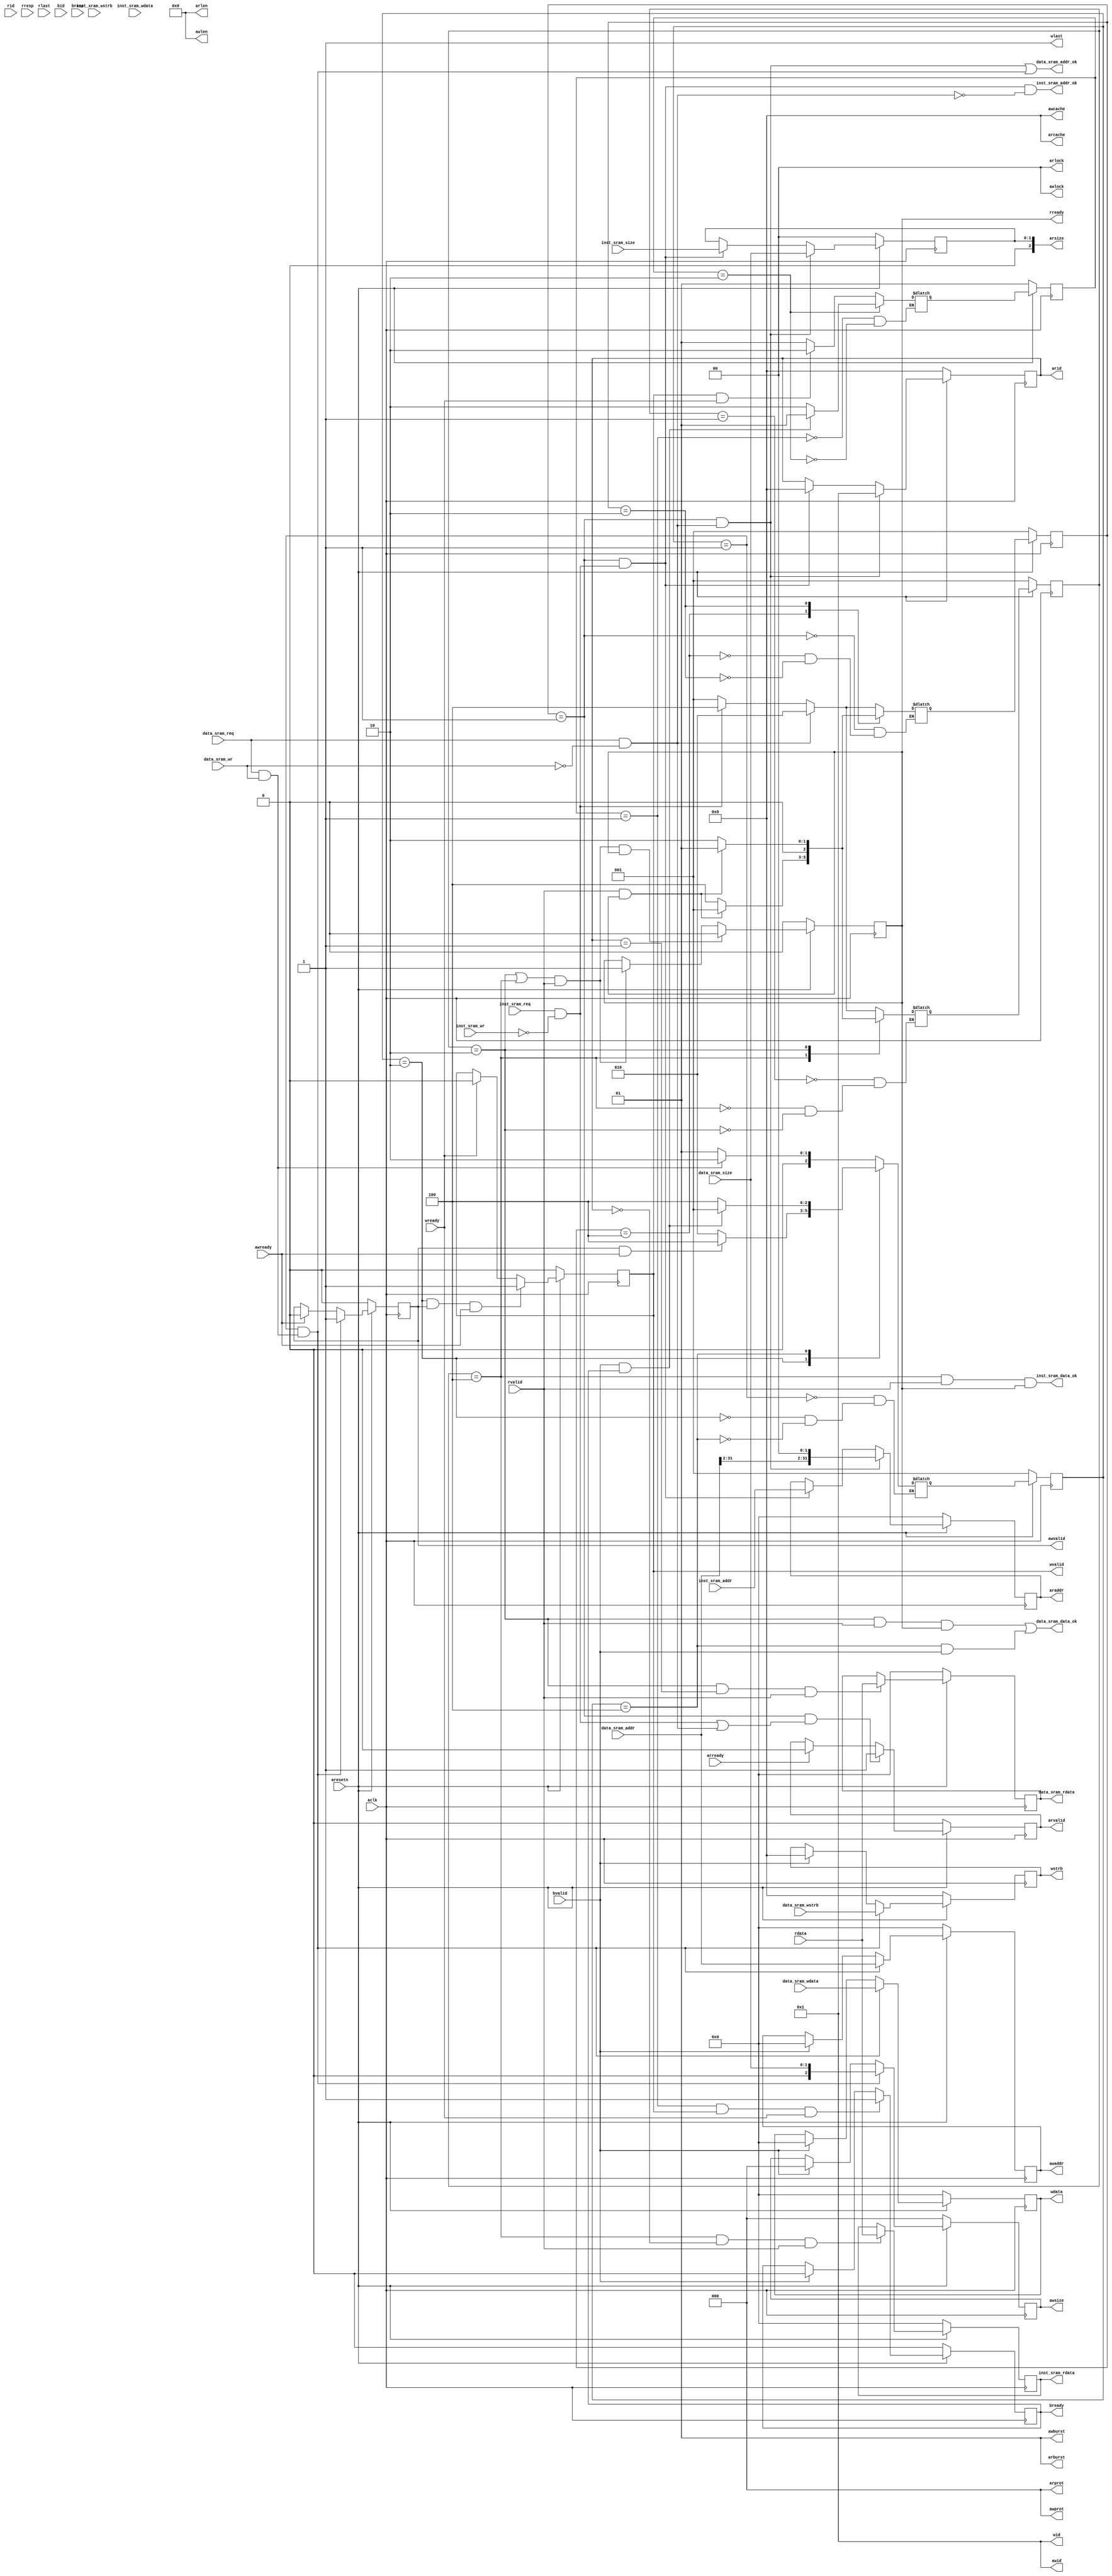
module SRAM_AXI_bridge(
    input  wire        aclk,
    input  wire        aresetn,

    /* SRAM signals */
    // inst sram interface
    input  wire        inst_sram_req,   //en
    input  wire        inst_sram_wr,    //|wen
    input  wire [ 1:0] inst_sram_size, 
    input  wire [31:0] inst_sram_addr,
    input  wire [ 3:0] inst_sram_wstrb, //wen
    input  wire [31:0] inst_sram_wdata,
    output wire        inst_sram_addr_ok,
    output wire        inst_sram_data_ok,
    output wire [31:0] inst_sram_rdata,

    // data sram interface
    input  wire        data_sram_req,
    input  wire        data_sram_wr,
    input  wire [ 1:0] data_sram_size,
    input  wire [31:0] data_sram_addr,
    input  wire [ 3:0] data_sram_wstrb,
    input  wire [31:0] data_sram_wdata,
    output wire        data_sram_addr_ok,
    output wire        data_sram_data_ok,
    output wire [31:0] data_sram_rdata,

    /* AXI signals */
    // read request signals
    output wire [ 3:0] arid,
    output wire [31:0] araddr,
    output wire [ 7:0] arlen,
    output wire [ 2:0] arsize,
    output wire [ 1:0] arburst,
    output wire [ 1:0] arlock,
    output wire [ 3:0] arcache,
    output wire [ 2:0] arprot,
    output wire        arvalid,
    input  wire        arready,

    // read response signals
    input  wire [ 3:0] rid,
    input  wire [31:0] rdata,
    input  wire [ 1:0] rresp,
    input  wire        rlast,
    input  wire        rvalid,
    output wire        rready,

    // write request signals
    output wire [ 3:0] awid,
    output wire [31:0] awaddr,
    output wire [ 7:0] awlen,
    output wire [ 2:0] awsize,
    output wire [ 1:0] awburst,
    output wire [ 1:0] awlock,
    output wire [ 3:0] awcache,
    output wire [ 2:0] awprot,
    output wire        awvalid,
    input  wire        awready,

    // write data signals
    output wire [ 3:0] wid,
    output wire [31:0] wdata,
    output wire [ 3:0] wstrb,
    output wire        wlast,
    output wire        wvalid,
    input  wire        wready,

    // write response signals
    input  wire [ 3:0] bid,
    input  wire [ 1:0] bresp,
    input  wire        bvalid,
    output wire        bready
);

/*  */
    wire areset;
    assign areset = ~aresetn;
    
    // 
    reg [2:0] ar_current_state;
    reg [2:0] ar_next_state;
    reg [2:0] r_current_state;
    reg [2:0] r_next_state;
    reg [2:0] aw_current_state;
    reg [2:0] aw_next_state;
    reg [1:0] b_current_state;
    reg [1:0] b_next_state;

    // 
    wire rd_inst_sram_req;  // 
    wire rd_data_sram_req;  // 
    wire wr_data_sram_req;  // 

    // 
    reg  [3:0]  arid_r;
    reg  [31:0] araddr_r;
    reg  [1:0]  arsize_r;
    reg         arvalid_r;

    // 
    reg rready_r;

    // 
    reg [31:0]  awaddr_r;
    reg [2:0]   awsize_r;
    reg         awvalid_r;

    // 
    reg [31:0] wdata_r;
    reg [3:0]  wstrb_r;
    reg        wvalid_r;

    // 
    reg bready_r;

    // SRAM
    reg [31:0] inst_sram_rdata_r;
    reg [31:0] data_sram_rdata_r;

    assign rd_inst_sram_req = inst_sram_req && ~inst_sram_wr;      
    assign rd_data_sram_req = data_sram_req && ~data_sram_wr;
    assign wr_data_sram_req = data_sram_req &&  data_sram_wr;

/*  */
    localparam  R_INIT   = 3'b001,
                R_DATA   = 3'b010,
                R_INST   = 3'b100,
                W_INIT   = 3'b001,
                W_ADDR   = 3'b010,
                W_DATA   = 3'b100,
                B_INIT   = 2'b01,
                B_DATA   = 2'b10;

    always @(posedge aclk) begin
        if(!aresetn) begin
            ar_current_state <= R_INIT;
            r_current_state  <= R_INIT;
            aw_current_state <= W_INIT;
            b_current_state  <= B_INIT;
        end
        else begin
            ar_current_state <= ar_next_state;
            r_current_state  <= r_next_state;
            aw_current_state <= aw_next_state;
            b_current_state  <= b_next_state;
        end
    end

    always @(*) begin
        case(ar_current_state)
            R_INIT: begin
                if(rd_data_sram_req)        // 
                    ar_next_state = R_DATA;
                else if(rd_inst_sram_req)   // 
                    ar_next_state = R_INST;
                else
                    ar_next_state = R_INIT;
            end
            R_INST: begin
                if(rvalid && rready)        // 
                    ar_next_state = R_INIT;
                else
                    ar_next_state = R_INST;
            end
            R_DATA: begin
                if(rvalid && rready)        // 
                    ar_next_state = R_INIT;
                else
                    ar_next_state = R_DATA;
            end
        endcase
    end

    always @(*) begin
        // arR_INITR_DATA
        // R_INITR_DATA
        case(r_current_state)       
            R_INIT: begin
                if(rd_data_sram_req)
                    r_next_state = R_DATA;
                else if(rd_inst_sram_req)
                    r_next_state = R_INST;
                else
                    r_next_state = R_INIT;
            end
            R_INST: begin
                if(rvalid && rready)
                    r_next_state = R_INIT;
                else
                    r_next_state = R_INST;
            end
            R_DATA: begin
                if(rvalid && rready)
                    r_next_state = R_INIT;
                else
                    r_next_state = R_DATA;
            end
        endcase
    end

    always @(*) begin
        case(aw_current_state)
            W_INIT: begin
                if(wr_data_sram_req)        // 
                    aw_next_state = W_ADDR;
                else
                    aw_next_state = W_INIT;
            end
            W_ADDR: begin
                if(awvalid && awready)      // 
                    aw_next_state = W_DATA;
                else
                    aw_next_state = W_ADDR;
            end
            W_DATA: begin
                if(bvalid && bready)        // 
                    aw_next_state = W_INIT;
                else
                    aw_next_state = W_DATA;
            end
        endcase
    end

    always @(*) begin
        case(b_current_state)
            B_INIT: begin
                if(wvalid && wready)    // 
                    b_next_state = B_DATA;
                else
                    b_next_state = B_INIT;
            end
            B_DATA: begin
                if(bvalid && bready)    // 
                    b_next_state = B_INIT;
                else
                    b_next_state = B_DATA;
            end
        endcase
    end

/* read request signals */
    // R_INITarid, araddrarsize
    always @(posedge aclk) begin
        if(!aresetn)
            arid_r <= 4'd0;
        else if(ar_current_state == R_INIT && rd_data_sram_req)
            arid_r <= 4'd1;     // 1
        else if(ar_current_state == R_INIT && rd_inst_sram_req)
            arid_r <= 4'd0;     // 0
    end

    always @(posedge aclk) begin
        if(!aresetn)
            araddr_r <= 32'd0;
        else if(ar_current_state == R_INIT && rd_data_sram_req)
            araddr_r <= {data_sram_addr[31:2], 2'd0};
        else if(ar_current_state == R_INIT && rd_inst_sram_req)
            araddr_r <= inst_sram_addr;
    end

    always @(posedge aclk) begin
        if(!aresetn)
            arsize_r <= 2'd0;
        else if(ar_current_state == R_INIT && rd_data_sram_req)
            arsize_r <= data_sram_size;
        else if(ar_current_state == R_INIT && rd_inst_sram_req)
            arsize_r <= inst_sram_size;
    end

    always @(posedge aclk) begin
        if(!aresetn)
            arvalid_r <= 1'b0;
        else if(ar_current_state == R_INIT && (rd_inst_sram_req || rd_data_sram_req))
            arvalid_r <= 1'b1;
        else if(arready)
            arvalid_r <= 1'b0;
    end

    assign arid    = arid_r;
    assign araddr  = araddr_r;
    assign arlen   = 8'b0;
    assign arsize  = arsize_r;
    assign arburst = 2'b1;
    assign arlock  = 1'b0;
    assign arcache = 4'b0;
    assign arprot  = 3'b0;
    assign arvalid = arvalid_r;

/* read response signals */
    always @(posedge aclk) begin
        if(!aresetn)
            rready_r <= 1'b0;
        else if((r_current_state == R_DATA || r_current_state == R_INST) && rvalid && rready) // r_next_state == R_INIT
            rready_r <= 1'b0;
        else if((r_current_state == R_DATA || r_current_state == R_INST) && rvalid)
            rready_r <= 1'b1;
        // else if(rvalid)
        //     rready_r <= 1'b0;
    end

    assign rready = rready_r;

/* write request signals */
    always @(posedge aclk) begin
        if(!aresetn)
            awaddr_r <= 32'd0;
        else if(aw_current_state == W_INIT && wr_data_sram_req)
            awaddr_r <= data_sram_addr;
        else if(bvalid) // 
            awaddr_r <= 32'b0;
    end

    always @(posedge aclk) begin
        if(!aresetn)
            awsize_r <= 3'b0;
        else if(aw_current_state == W_INIT && wr_data_sram_req)
            awsize_r <= data_sram_size;
        else if(bvalid) // 
            awsize_r <= 3'b0;
    end

    always @(posedge aclk) begin
        if(!aresetn)
            awvalid_r <= 1'b0;
        else if(aw_current_state == W_INIT && wr_data_sram_req)
            awvalid_r <= 1'b1;
        else if(awready) // 
            awvalid_r <= 1'b0;
    end

    assign awid     = 4'b1;
    assign awaddr   = awaddr_r;
    assign awlen    = 8'b0;
    assign awsize   = awsize_r;
    assign awburst  = 2'b01;
    assign awlock   = 1'b0;
    assign awcache  = 4'b0;
    assign awprot   = 3'b0;
    assign awvalid  = awvalid_r;

/* write data signals */
    always @(posedge aclk) begin
        if(!aresetn)
            wdata_r<= 32'b0;
        else if(aw_current_state == W_INIT && wr_data_sram_req)
            wdata_r <= data_sram_wdata;
        else if(bvalid)
            wdata_r <= 32'b0;
    end

    always @(posedge aclk) begin
        if(!aresetn)
            wstrb_r <= 4'b0;
        else if(aw_current_state == W_INIT && wr_data_sram_req)
            wstrb_r <= data_sram_wstrb;
        else if(bvalid)
            wstrb_r <= 4'b0;
    end

    always @(posedge aclk) begin
        if(!aresetn)
            wvalid_r <= 1'b0;
        else if(aw_current_state == W_ADDR && awvalid && awready)
            wvalid_r <= 1'b1;
        else if(wready)
            wvalid_r <= 1'b0;
    end

    assign wid      = 4'b1;
    assign wdata    = wdata_r;
    assign wstrb    = wstrb_r;
    assign wlast    = 1'b1;
    assign wvalid   = wvalid_r;

/* write response signals */
    always @(posedge aclk) begin
        if(!aresetn)
            bready_r <= 1'b0;
        else if(b_current_state == B_INIT && wvalid && wready)
            bready_r <= 1'b1;
        else if(bvalid)
            bready_r <= 1'b0;
    end
    assign bready = bready_r;

/* SRAM */
    // okok
    assign inst_sram_addr_ok = ((ar_current_state == R_INIT) && rd_inst_sram_req && ~rd_data_sram_req);  
    assign data_sram_addr_ok = ((ar_current_state == R_INIT) && rd_data_sram_req ) ||  ((aw_current_state == W_INIT) && wr_data_sram_req);
    assign inst_sram_data_ok = ((r_current_state == R_INST) && rvalid && rready);
    assign data_sram_data_ok = ((r_current_state == R_DATA) && rvalid && rready) ||  ((aw_current_state == W_DATA) && bvalid);

    always @(posedge aclk) begin
        if(!aresetn)
            inst_sram_rdata_r <= 32'b0;
        else if(r_current_state == R_INST && (arid == 4'd0) && rvalid)
            inst_sram_rdata_r <= rdata;
    end

    always @(posedge aclk) begin
        if(!aresetn)
            data_sram_rdata_r <= 32'b0;
        else if(r_current_state == R_DATA && (arid == 4'd1) && rvalid)
            data_sram_rdata_r <= rdata;
    end

    assign inst_sram_rdata = inst_sram_rdata_r;
    assign data_sram_rdata = data_sram_rdata_r;

endmodule